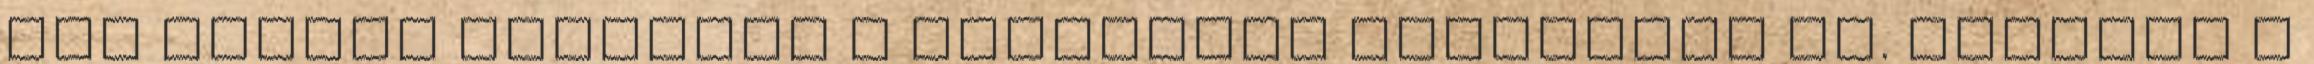
meg vagyok elégedve a legkisebb dolgokkal is. Belépek a